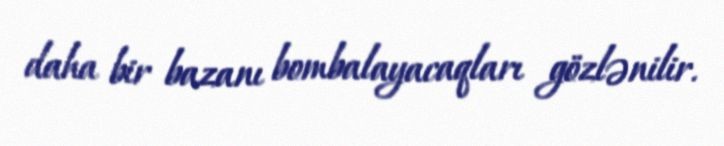
daha bir bazanı bombalayacaqları gözlənilir.